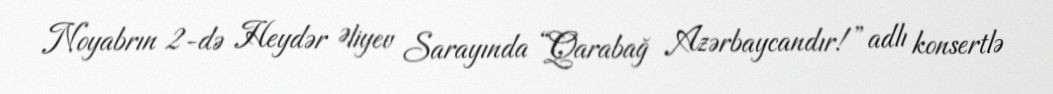
Noyabrın 2-də Heydər Əliyev Sarayında “Qarabağ Azərbaycandır!” adlı konsertlə